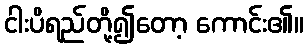
ငါးပိရည်တို့၍တော့ ကောင်း၏။